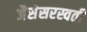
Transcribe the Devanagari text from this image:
जैसेसरस्वती